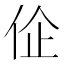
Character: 𬽾